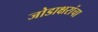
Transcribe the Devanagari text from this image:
जोडाक्षरांचा